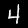
Label: 4